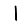
Digit: 1